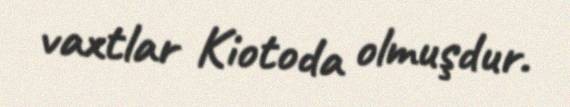
vaxtlar Kiotoda olmuşdur.